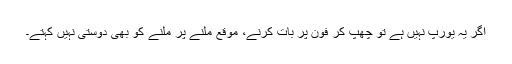
اگر یہ یورپ نہیں ہے تو چھپ کر فون پر بات کرنے، موقع ملنے پر ملنے کو بھی دوستی نہیں کہتے۔